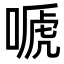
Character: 嗁